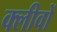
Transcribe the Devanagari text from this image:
क्लीवों